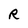
Character: R